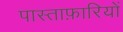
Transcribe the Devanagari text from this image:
पास्ताफ़ारियों